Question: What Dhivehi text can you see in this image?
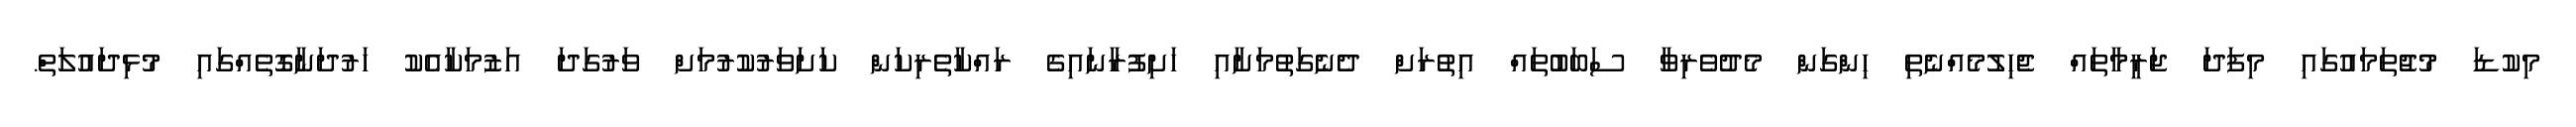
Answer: މިކުޑަ މުޖުތަމައުގައި މިފަދަ ޖަރީމާތައް ޖެހިލުމެއްނެތި ހިންގަން މެދުވެރިވާ ސަބަބުތައް އިތުރަށް ދެނެގަތުމަށާއި ހަށިފުރާނައިގެ ރައްކާތެރިކަން ކަށަވަރުކުރުމަށް ވަރުގަދަ އަޒުމަކާއެކު ހަރުދަނާގޮތެއްގައި މުޅިދައުލަތް.